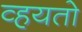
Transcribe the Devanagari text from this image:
व्हयतो